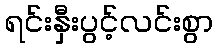
ရင်းနှီးပွင့်လင်းစွာ